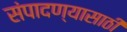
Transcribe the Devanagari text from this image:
संपादण्यासाठी